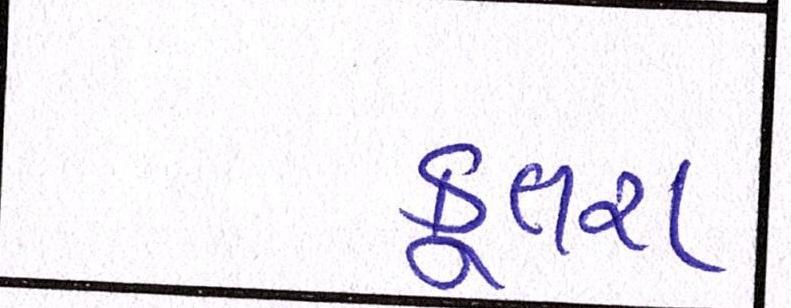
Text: કૂતરા